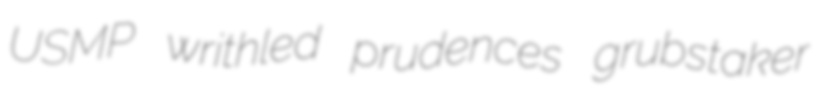
USMP writhled prudences grubstaker